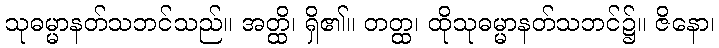
သုဓမ္မာနတ်သဘင်သည်။ အတ္ထိ၊ ရှိ၏။ တတ္ထ၊ ထိုသုဓမ္မာနတ်သဘင်၌။ ဇိနော၊